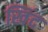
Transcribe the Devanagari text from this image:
खिंद